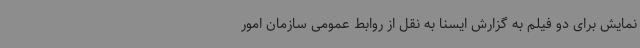
نمایش برای دو فیلم به گزارش ایسنا به نقل از روابط عمومی سازمان امور